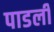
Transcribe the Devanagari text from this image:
पाडलीं